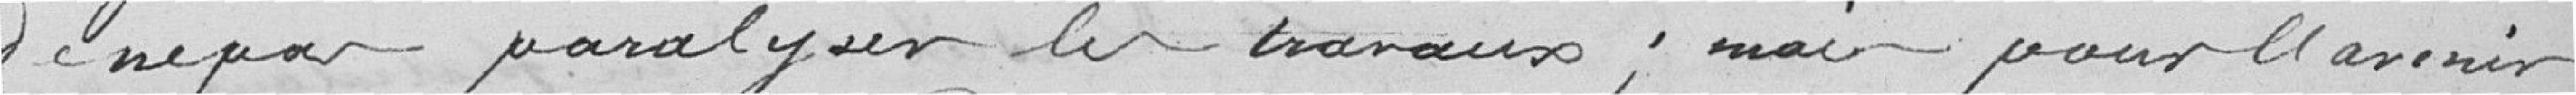
de ne pas paralyser les travaux ; mais pour l'avenir